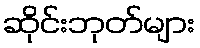
ဆိုင်းဘုတ်များ